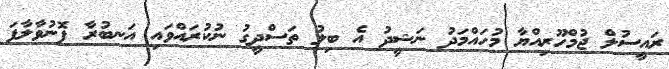
ރައީސުލް ޖުމްހޫރިއްޔާ މުހައްމަދު ނަޝީދު އެ ބިލު ތަސްދީގު ނުކުރައްވައި އަނބުރާ ފޮނުވާލާފަ